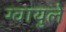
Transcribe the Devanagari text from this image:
ग्वायुले